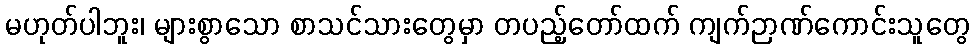
မဟုတ်ပါဘူး၊ များစွာသော စာသင်သားတွေမှာ တပည့်တော်ထက် ကျက်ဉာဏ်ကောင်းသူတွေ